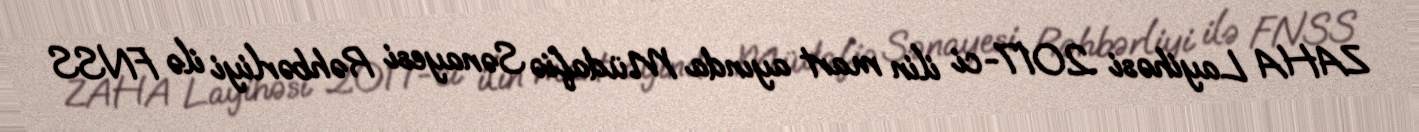
ZAHA Layihəsi 2017-ci ilin mart ayında Müdafiə Sənayesi Rəhbərliyi ilə FNSS